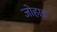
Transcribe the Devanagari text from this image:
जोहाड